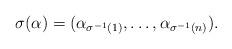
LaTeX: \begin{align*}\sigma (\alpha) = (\alpha_{\sigma^{-1}(1)}, \dots, \alpha_{\sigma^{-1}(n)}).\end{align*}